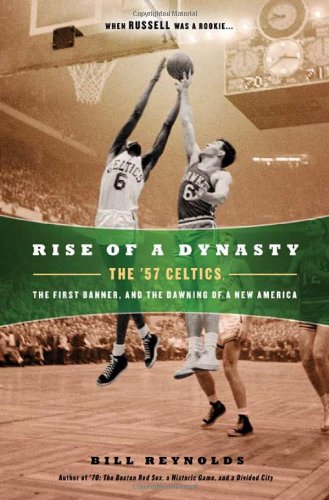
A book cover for Rise of a Dynasty: The '57 Celtics, The First Banner, and the Dawning of a NewAmerica; Bill Reynolds; Sports & Outdoors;